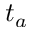
t _ { a }